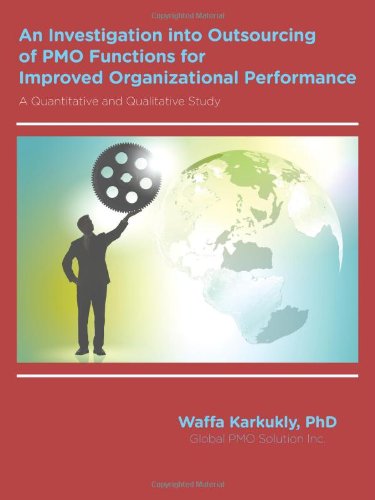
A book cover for An Investigation Into Outsourcing of Pmo Functions for Improved Organizational Performance: A Quantitative and Qualitative Study; Waffa Karkukly; Business & Money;